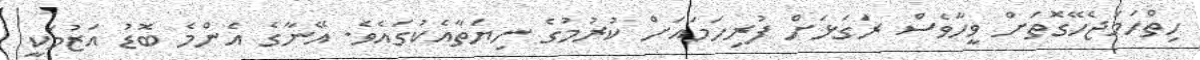
ހިތްހަމަޖެހޭގޮތަށް ވީހާވެސް ރަގަޅަށް ފުރިހަމައަށް ކުރުމުގެ ނިޔަތާއެކުގައެވެ. އޭނާގެ އެންމެ ބޮޑު އަޒުމަކީ